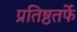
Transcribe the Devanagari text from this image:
प्रतिष्ठतर्फे